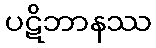
ပဋိဘာနဿ